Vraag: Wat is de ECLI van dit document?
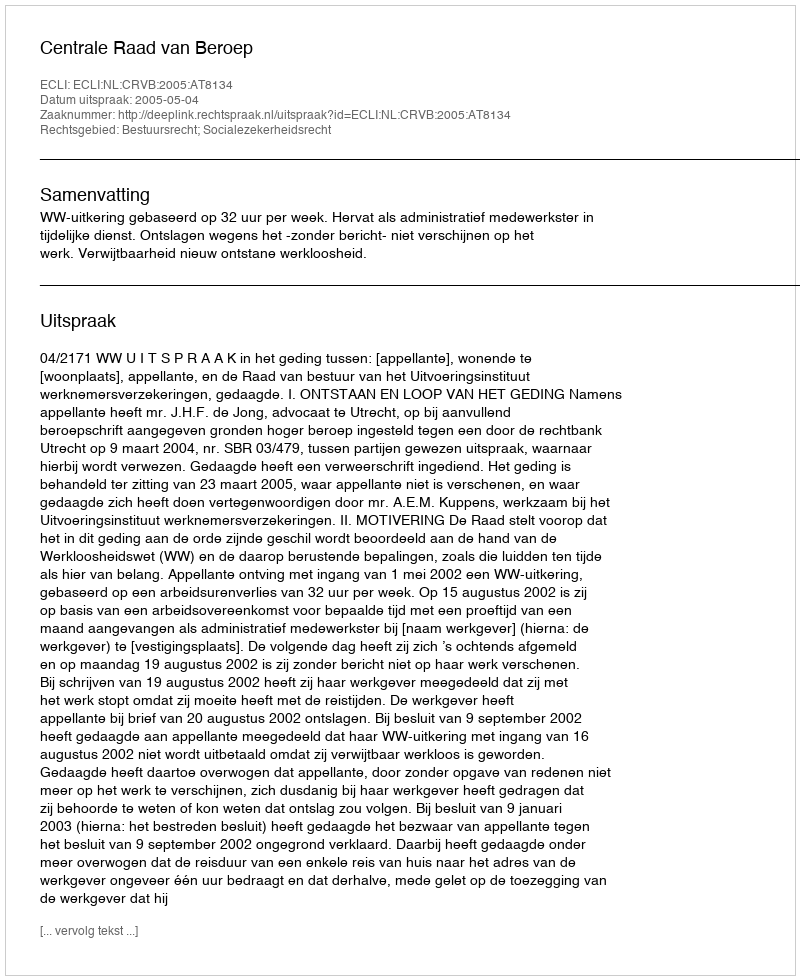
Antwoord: ECLI:NL:CRVB:2005:AT8134